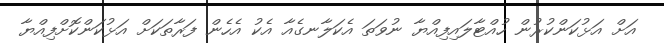
އަށް އަޅުކަންކުރުން ހުއްޓާލައިފިއްޔާ ނުވަތަ އެކަލާނގެއާ އެކު އެހެން ފަރާތަކަށް އަޅުކަންކޮށްފިއްޔާ